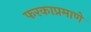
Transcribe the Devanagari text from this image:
फरकाप्रमाणे